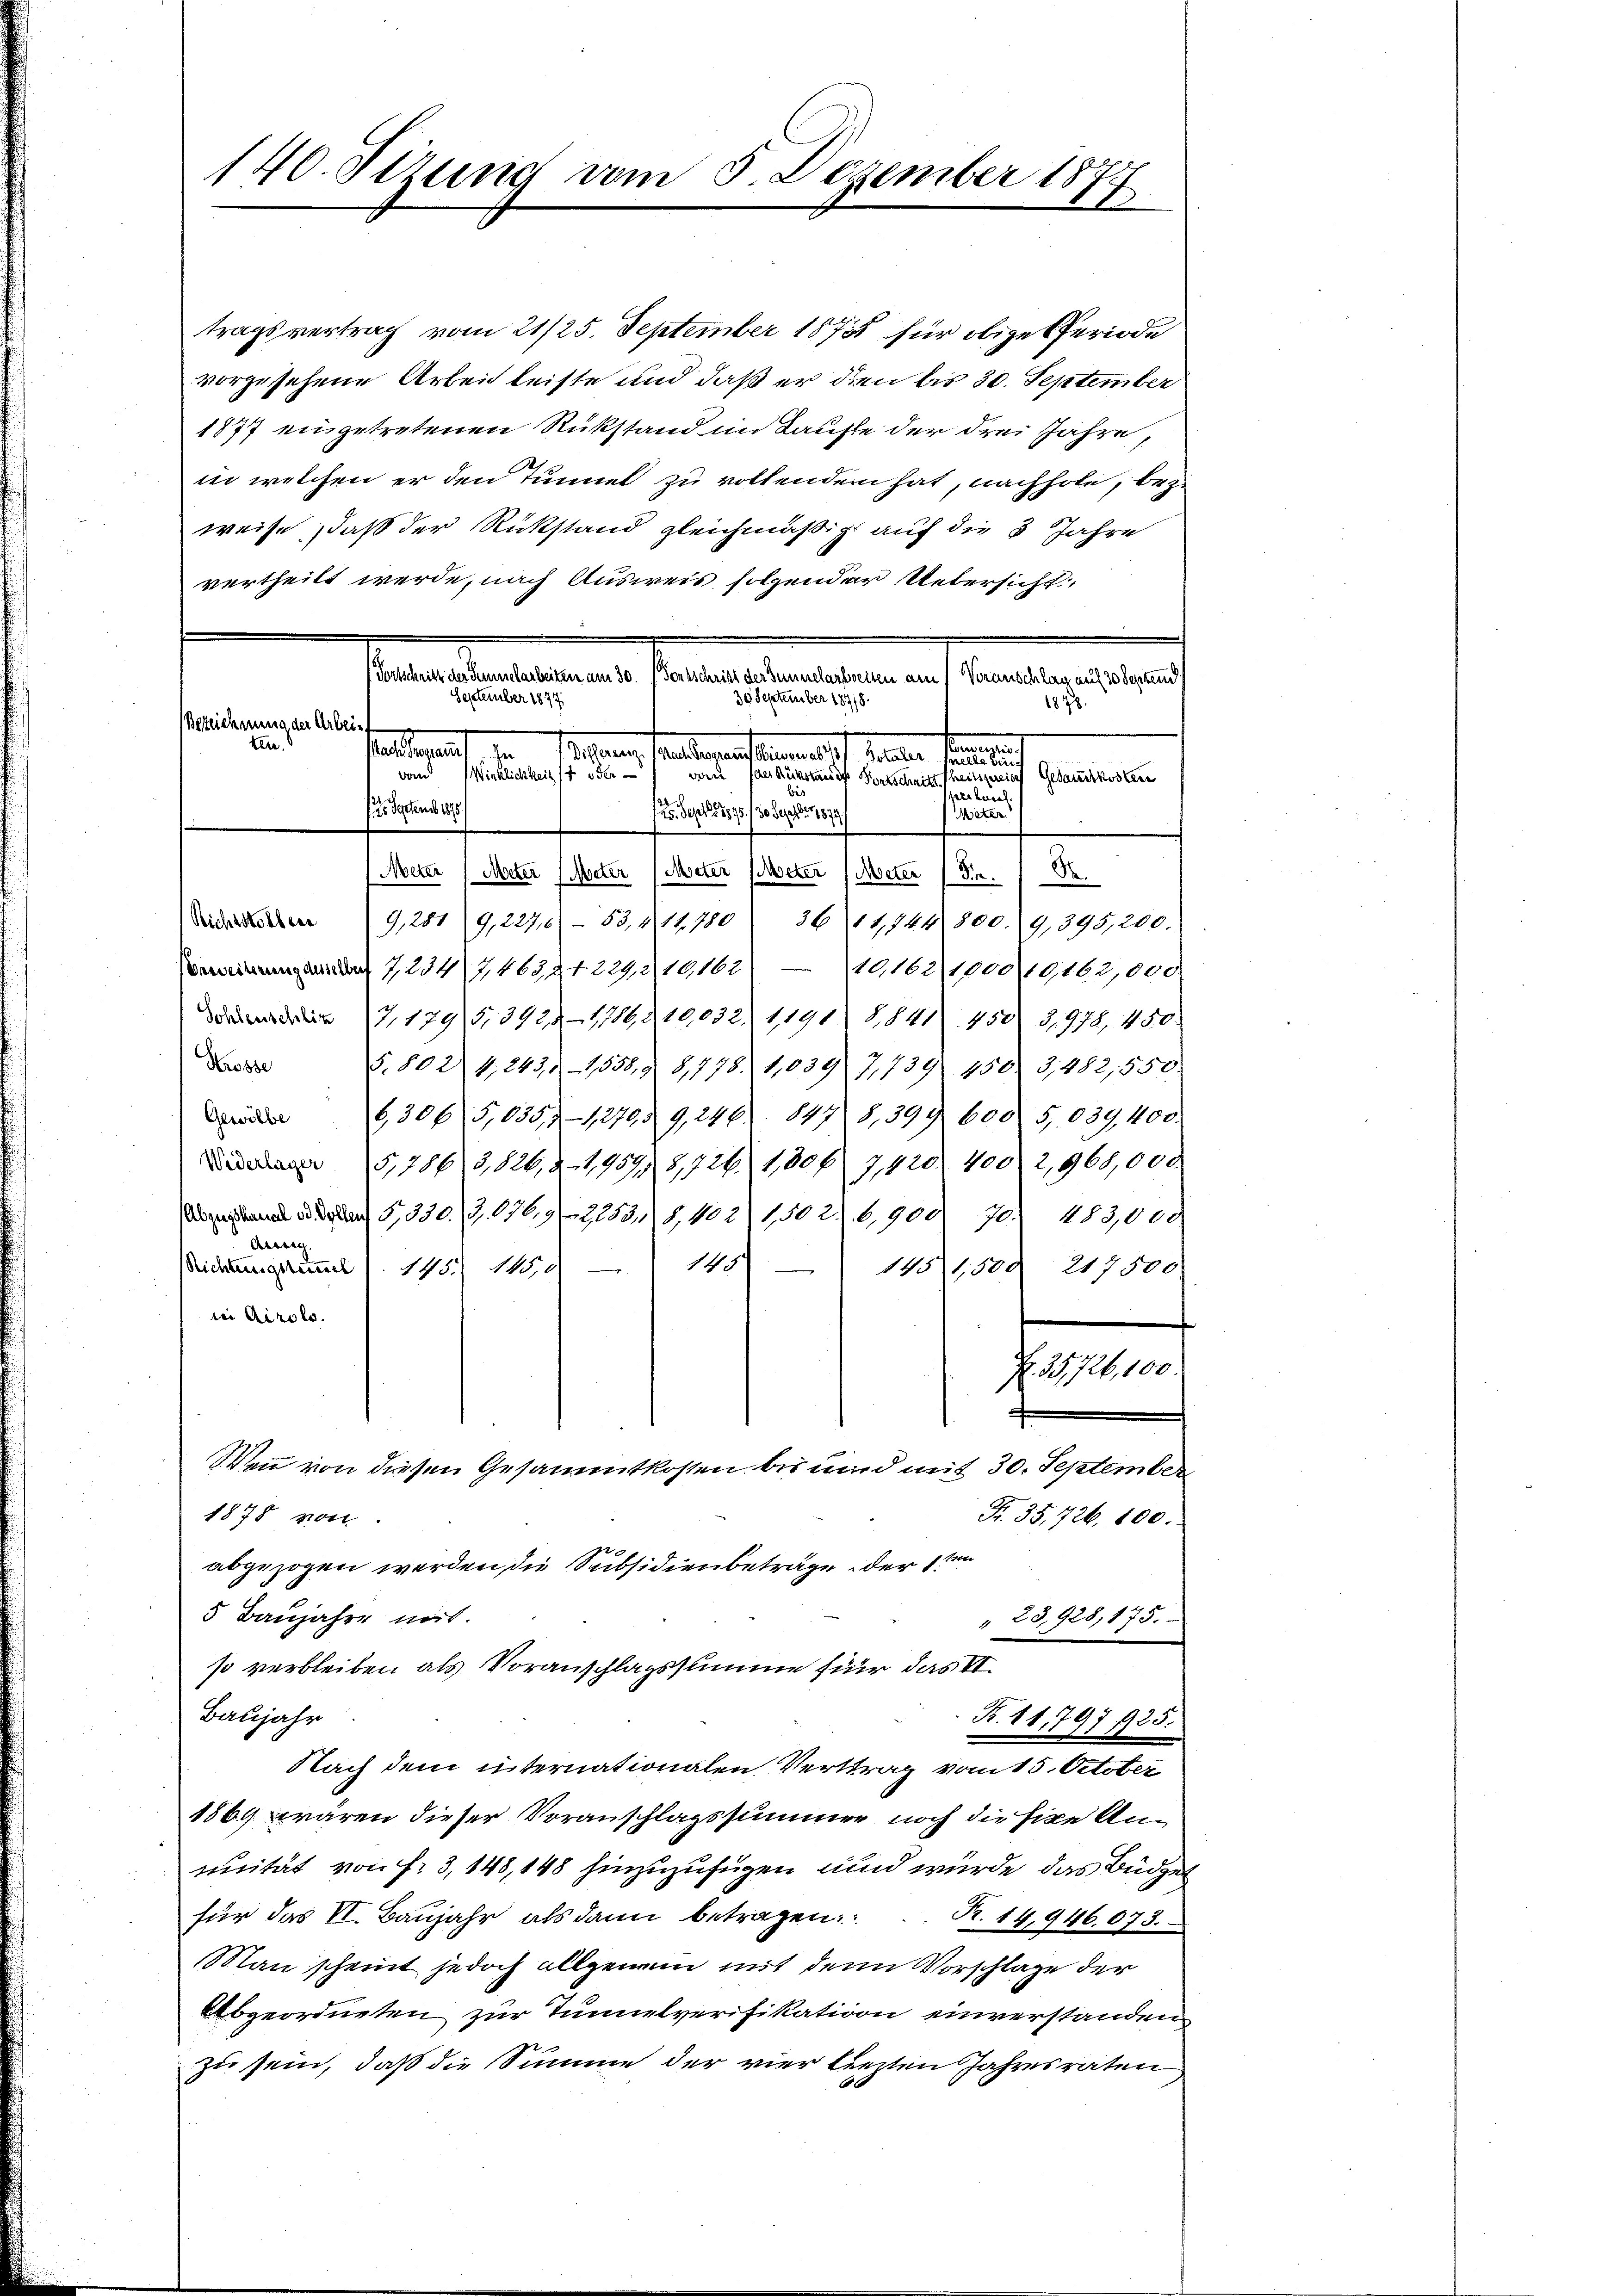
140. Stzung vom 5. Dezember 1877

tragsvertrag vom 21/25. September 1873 für obige Periode
vorgesehene Arbeit leiste und daß er dien bis 30. September
1877 eingetretenen Rükstand im Laufe der drei Jahre,
in welchen er den Tunnel zu vollenden hat, nachhole, bez
weise, daß der Rückstand gleichmäßig auf die 3 Jahre
vertheilt werde, nach Ausweis folgender Uebersicht
1818.
.
seine eine eine
Heckerl.
12. Sept. 1875. 130 Sept. 1879
Mieten
Meter (Meter (Meter (Meter Meter (Meter Fr. 18
Seidenten 9, 251 9,2270 - 83, § 11. 180 36 11744 800. 19. 395,200.
Vernung und 7, 234 7,4632 + 229,2 10,162. 10,162 1900, 10,162,000
dard 7, 1795, 3928-1786,910,832. 1191) 8,841. 450 S. 978, 450.
Krosse
5. 802 4, 2438 - 1558, § 8,778. 1,039 7,739. 450 3,482,550.
6,306 5,035, 12795 9,246. 847 8,399 600 5,039, 400.
5,786 3,826, 3-4,9591 8,726. 1,806 7,420. 400 2,968,000
 u. da S. 330. J. 176. 9. 225318, 402. 150 2 6,900 70. 483,000
Arbeit
145. 145,0 " 145
Richtungssummel
217500
145 1,500
ii Airolo.
R. 35726, 100
Wenn von diesen Gesammtkosten bis und mit 30. September
1878 von
Fr. 35, 726. 100.
abgezogen werden, die Subsidienbeträge der 1ten
5 Baujahre not.
" 23,928, 175.
so verbleiben als Voranschlagssumme für das II.
Baujahr
R. 11,797. 925.
Nach dem internationalen Vertrag vom 15. October
1869 wären dieser Voranschlagssummer noch die fixe Anunität von f. 3, 148, 148 hinzuzufügen und würde das Büdget
für das VI. Baŭjahr als dann betragen:  .. R. 14,946. 673.
Man scheint jedoch allgemein mit dem Vorschlage der
Abgeordneten zur Tunnelverifikation einverstanden.
zu sein, daß die Summe der vier lezten Jahresraten

Bezeichnung der Arbei¬
.
 Jestens 1818.

Transtaltenen Partetenten und verlangegen
30 September 18718.
September 1877

Salementen
n
vor als Künstige Fortschnitt theilspreisch Gesamtkosten
bes